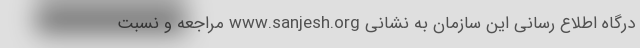
درگاه اطلاع رسانی این سازمان به نشانی www.sanjesh.org مراجعه و نسبت